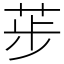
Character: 荹